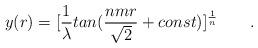
LaTeX: \begin{align*}y(r)=[{1\over \lambda} tan({nmr\over \sqrt2}+const)]^{1\over n}\qquad .\end{align*}